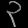
Digit: ၃